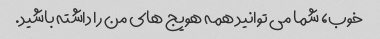
خوب، شما می توانید همه هویج های من را داشته باشید.